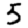
Digit: 5